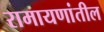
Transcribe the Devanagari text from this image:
रामायणांतील